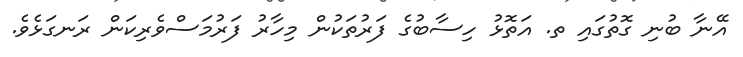
އޭނާ ބުނި ގޮތުގައި ތ. އަތޮޅު ހިސާބުގެ ފަރުތަކުން މިހާރު ފަރުމަސްވެރިކަން ރަނގަޅެވެ.